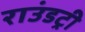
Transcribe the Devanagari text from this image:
राउंडट्री